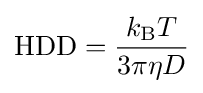
\mathrm {HDD} ={\frac {k_{\text{B}}T}{3\pi \eta D}}